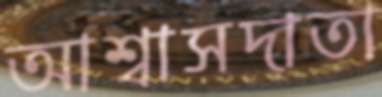
আশ্বাসদাতা